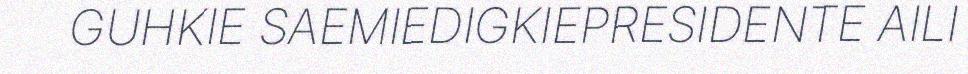
GUHKIE SAEMIEDIGKIEPRESIDENTE AILI